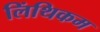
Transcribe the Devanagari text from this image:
लिंथिकम